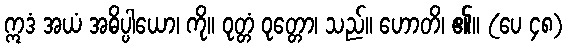
ဣဒံ အယံ အဓိပ္ပါယော၊ ကို။ ဝုတ္တံ ဝုတ္တော၊ သည်။ ဟောတိ၊ ၏။ (ပေ ၄၈)